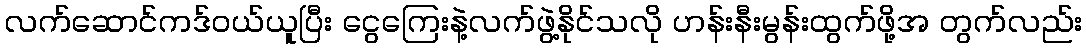
လက်ဆောင်ကဒ်ဝယ်ယူပြီး ငွေကြေးနဲ့လက်ဖွဲ့နိုင်သလို ဟန်းနီးမွန်းထွက်ဖို့အ တွက်လည်း